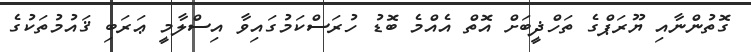
ގޮތުންނާއި ޔޫރަޕްގެ ތަހްޛީބަށް އޮތް އެއްމެ ބޮޑު ހުރަސްކަމުގައިވާ އިސްލާމީ ޢަރަބި ޤައުމުތަކުގެ